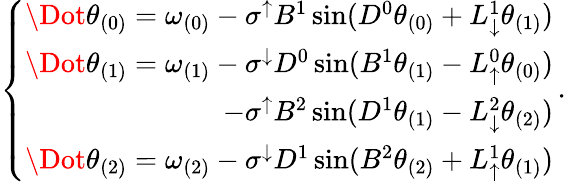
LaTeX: \begin{array}{r}{\left\{ \begin{array}{ll}{\Dot{\theta}_{(0)}=\omega_{(0)}-\sigma^{\uparrow}B^{1}\sin(D^{0}\theta_{(0)}+L_{\downarrow}^{1}\theta_{(1)})}\\ {\begin{array}{r}{\Dot{\theta}_{(1)}=\omega_{(1)}-\sigma^{\downarrow}D^{0}\sin(B^{1}\theta_{(1)}-L_{\uparrow}^{0}\theta_{(0)})}\\ {-\sigma^{\uparrow}B^{2}\sin(D^{1}\theta_{(1)}-L_{\downarrow}^{2}\theta_{(2)})}\end{array}}\\ {\Dot{\theta}_{(2)}=\omega_{(2)}-\sigma^{\downarrow}D^{1}\sin(B^{2}\theta_{(2)}+L_{\uparrow}^{1}\theta_{(1)})}\end{array}\right.\, .}\end{array}